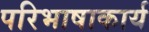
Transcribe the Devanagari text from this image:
परिभाषाकार्य